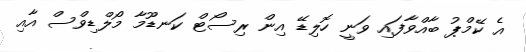
އެ ކޭމްޕު ބާއްވާފައި ވަނީ ހޮލިޑޭ އިން ރިސޯޓް ކަނޑޫމާ މޯލްޑިވްސް އާއި